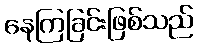
နေကြခြင်းဖြစ်သည်